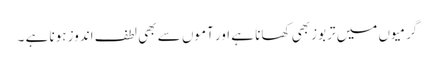
گرمیوں میں تربوز بھی کھانا ہے اور آموں سے بھی لطف اندوز ہونا ہے ۔